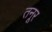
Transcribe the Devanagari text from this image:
तनूर